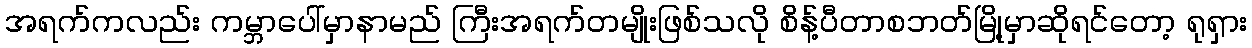
အရက်ကလည်း ကမ္ဘာပေါ်မှာနာမည် ကြီးအရက်တမျိုးဖြစ်သလို စိန့်ပီတာစဘတ်မြို့မှာဆိုရင်တော့ ရုရှား